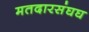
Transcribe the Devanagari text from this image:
मतदारसंघघ